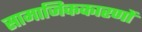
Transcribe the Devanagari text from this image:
सामाजिककारणों